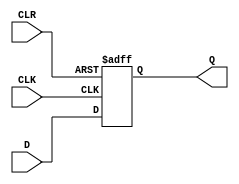
module pipo (D, Q, CLK, CLR);
	parameter N=8;
	input [N-1:0] D;
	input CLK, CLR;
	output reg [N-1:0] Q;
		always @(posedge CLK, negedge CLR)
			begin
				if(CLR==1'b0) Q<=0;
					else if(CLK==1'b1) Q<=D;
			end
endmodule